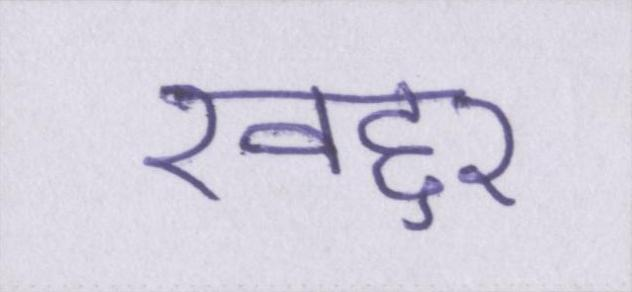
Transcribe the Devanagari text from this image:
खद्दर